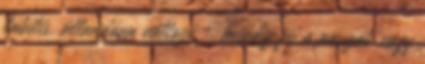
labilis, állandóan változó – mindig fúj a passzát, vagy